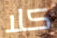
كلا